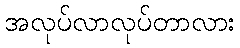
အလုပ်လာလုပ်တာလား